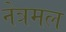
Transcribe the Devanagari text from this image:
नेत्रमल